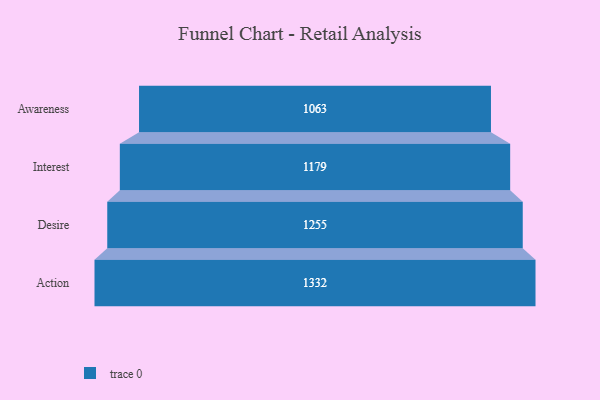
{"axis": {"x": "Stage", "y": "Value"}, "legend": [""], "data": [{"x": "Awareness", "y": 1063.0, "type": ""}, {"x": "Interest", "y": 1179.0, "type": ""}, {"x": "Desire", "y": 1255.0, "type": ""}, {"x": "Action", "y": 1332.0, "type": ""}]}